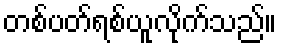
တစ်ပတ်ရစ်ယူလိုက်သည်။